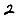
Digit: 2